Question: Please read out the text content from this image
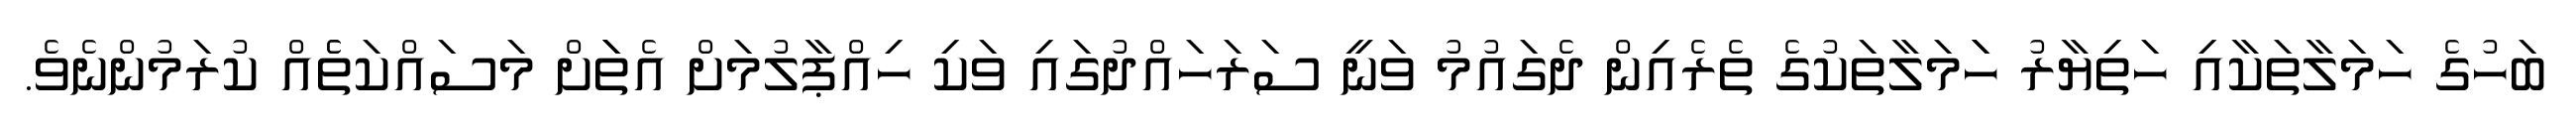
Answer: ބަހުގެ ހަމަލާތަކާއި ހަތިޔާރު ހަަމަލާތަކުގެ ތެރެއިން ދެގައުމު ވަނީ ސަރަހައްދުގައި ވަކި ހިއްޕާލުމަށް އެތަަށް މަސައްކަތެެއް ކުރަމުންނެވެ.